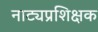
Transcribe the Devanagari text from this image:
नाट्यप्रशिक्षक